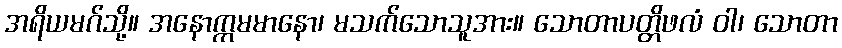
အရိယမဂ်သို့။ အနောက္ကမမာနော၊ မသက်သောသူအား။ သောတာပတ္တိဖလံ ဝါ၊ သောတာ